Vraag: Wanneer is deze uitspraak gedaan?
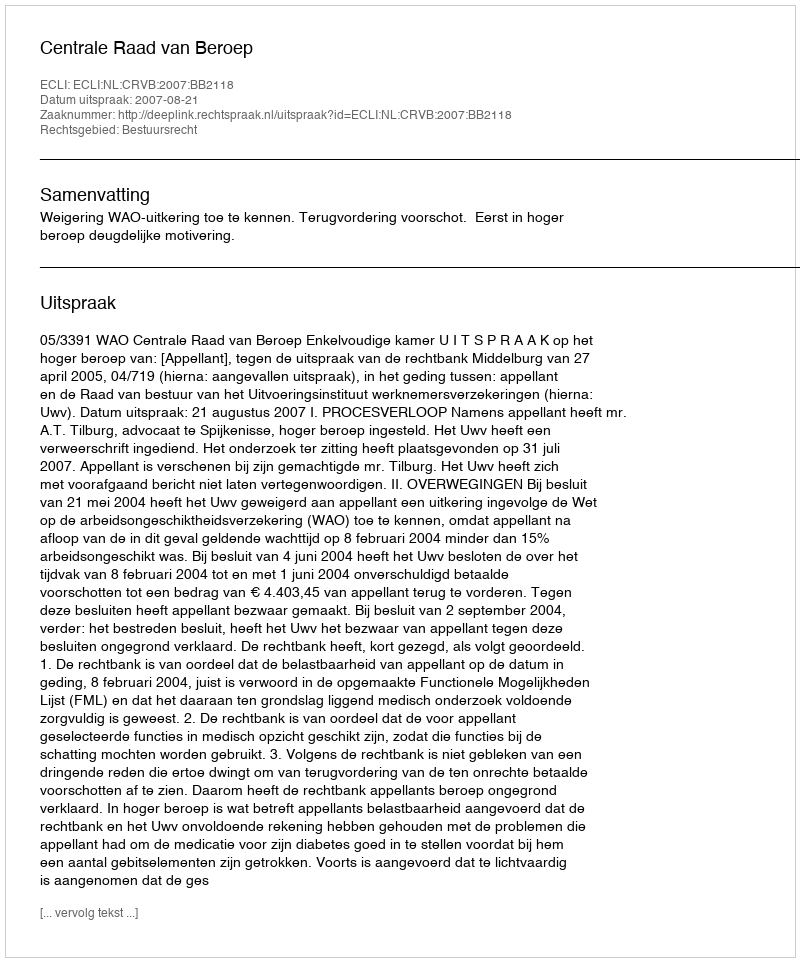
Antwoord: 2007-08-21